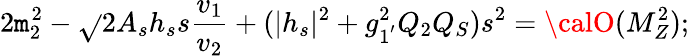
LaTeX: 2\mathtt{m}_{2}^{2}-\sqrt{}{{2}}A_{s}h_{s}s\frac{{v_{1}}}{{v_{2}}}+(|h_{s}|^{2}+g_{1^{'}}^{2}Q_{2}Q_{S})s^{2}={\calO}(M_{Z}^{2});